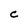
Character: C